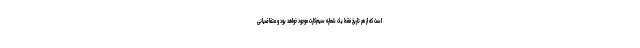
است که از هر تاریخ فقط یک شماره سیم‌کارت موجود خواهد بود و متقاضیانی